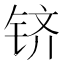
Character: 𬭉